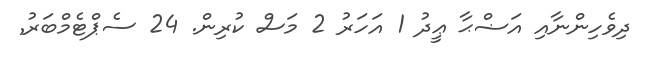
ދިވެހިންނާއި އަޟްޙާ ޢީދު 1 އަހަރު 2 މަސް ކުރިން. 24 ސެޕްޓެމްބަރު